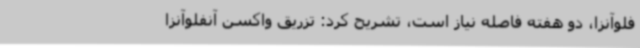
فلوآنزا، دو هفته فاصله نیاز است، تشریح کرد: تزریق واکسن آنفلوآنزا